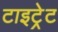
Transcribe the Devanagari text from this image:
टाइट्रेट